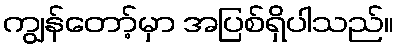
ကျွန်တော့်မှာ အပြစ်ရှိပါသည်။